Investigations on Bengal jail dietaries - Number 37
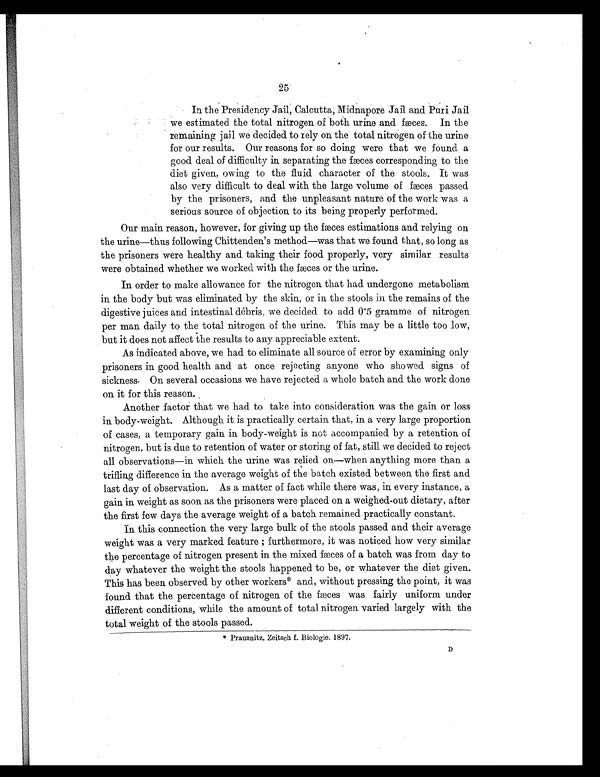
In the Presidency Jail, Calcutta, Midnapore Jail and Puri Jail
we estimated the total nitrogen of both urine and fæces. In the
remaining jail we decided to rely on the total nitrogen of the urine
for our results. Our reasons for so doing were that we found a
good deal of difficulty in separating the fæces corresponding to the
diet given, owing to the fluid character of the stools. It was
also very difficult to deal with the large volume of fæces passed
by the prisoners, and the unpleasant nature of the work was a
serious source of objection to its being properly performed.
Our main reason, however, for giving up the fæces estimations and relying on
the urine—thus following Chittenden's method—was that we found that, so long as
the prisoners were healthy and taking their food properly, very similar results
were obtained whether we worked with the fæces or the urine.
In order to make allowance for the nitrogen that had undergone metabolism
in the body but was eliminated by the skin, or in the stools in the remains of the
digestive juices and intestinal débris, we decided to add 0.5 gramme of nitrogen
per man daily to the total nitrogen of the urine. This may be a little too low,
but it does not affect the results to any appreciable extent.
As indicated above, we had to eliminate all source of error by examining only
prisoners in good health and at once rejecting anyone who showed signs of
sickness. On several occasions we have rejected a whole batch and the work done
on it for this reason.
Another factor that we had to take into consideration was the gain or loss
in body-weight. Although it is practically certain that, in a very large proportion
of cases, a temporary gain in body-weight is not accompanied by a retention of
nitrogen, but is due to retention of water or storing of fat, still we decided to reject
all observations—in which the urine was relied on—when anything more than a
trifling difference in the average weight of the batch existed between the first and
last day of observation. As a matter of fact while there was, in every instance, a
gain in weight as soon as the prisoners were placed on a weighed-out dietary, after
the first few days the average weight of a batch remained practically constant.
In this connection the very large bulk of the stools passed and their average
wei ght was a very marked feat ure ; furt hermore, i t was not i ced how very si mi l ar
the percentage of nitrogen present in the mixed fæces of a batch was from day to
day whatever the weight the stools happened to be, or whatever the diet given.
This has been observed by other workers* and, without pressing the point, it was
found that the percentage of nitrogen of the fæces was fairly uniform under
different conditions, while the amount of total nitrogen varied largely with the
total weight of the stools passed.
* Prausnitz, Zeitsch f. Biologie. 1897.